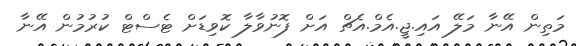
މަތިން އޭނާ މަލޭ އައި.ޖީ.އެމް.އެޗް އަށް ފޮނުވާލާ ކޮވިޑަށް ޓެސްޓް ކުރުމުން އޭނާ